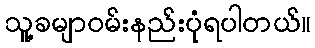
သူ့ခမျာဝမ်းနည်းပုံရပါတယ်။